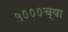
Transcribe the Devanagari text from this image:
५०००च्या